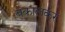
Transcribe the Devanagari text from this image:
बकालकर